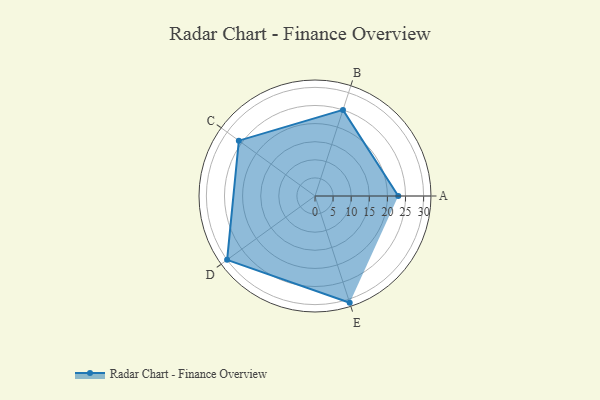
{"axis": {"x": "Skill", "y": "Score"}, "legend": ["Profile"], "data": [{"x": "A", "y": 23.0, "type": "Profile"}, {"x": "B", "y": 25.0, "type": "Profile"}, {"x": "C", "y": 26.0, "type": "Profile"}, {"x": "D", "y": 30.0, "type": "Profile"}, {"x": "E", "y": 31.0, "type": "Profile"}]}